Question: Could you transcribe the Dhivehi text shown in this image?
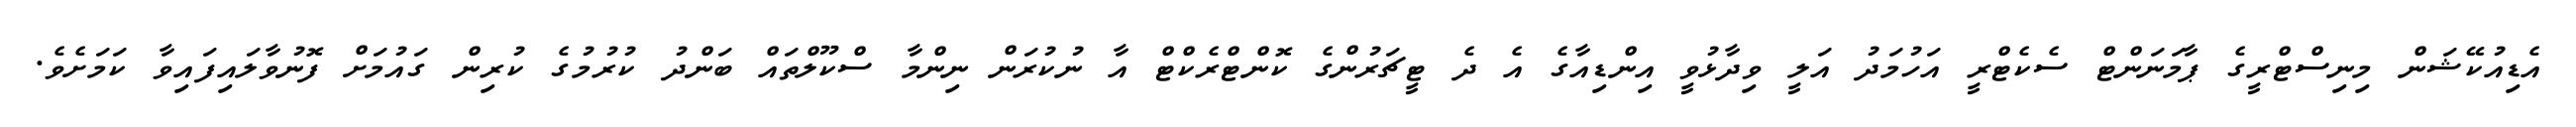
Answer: އެޑިއުކޭޝަން މިނިސްޓްރީގެ ޕާމަނަންޓް ސެކެޓްރީ އަހުމަދު އަލީ ވިދާޅުވީ އިންޑިއާގެ އެ ދެ ޓީޗަރުންގެ ކޮންޓްރެކްޓް އާ ނުކުރަން ނިންމާ ސްކޫލްތައް ބަންދު ކުރުމުގެ ކުރިން ގައުމަށް ފޮނުވާލައިފައިވާ ކަމަށެވެ.